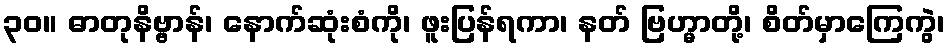
၃၀။ ဓာတုနိဗ္ဗာန်၊ နောက်ဆုံးစံကို၊ ဖူးပြန်ရကာ၊ နတ် ဗြဟ္မာတို့၊ စိတ်မှာကြေကွဲ၊